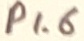
Text: P1.6